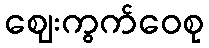
ဈေးကွက်ဝေစု